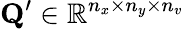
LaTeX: \mathbf{Q}^{\prime}\in\mathbb{R}^{n_{x}\times n_{y}\times n_{v}}